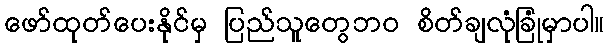
ဖော်ထုတ်ပေးနိုင်မှ ပြည်သူတွေဘဝ စိတ်ချလုံခြုံမှာပါ။